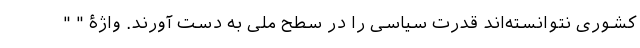
کشوری نتوانسته‌اند قدرت سیاسی را در سطح ملی به دست آورند. واژۀ " "